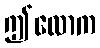
ဤလောက